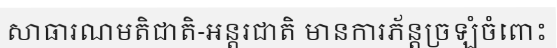
សាធារណមតិជាតិ-អន្តរជាតិ មានការភ័ន្តច្រឡំចំពោះ